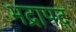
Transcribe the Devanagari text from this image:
भद्रापद